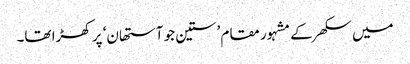
میں سکھر کے مشہور مقام ’ستین جو آستھان‘ پر کھڑا تھا۔